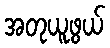
အတုယူဖွယ်